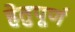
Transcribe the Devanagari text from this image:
हेतुपूर्ण